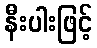
နီးပါးဖြင့်